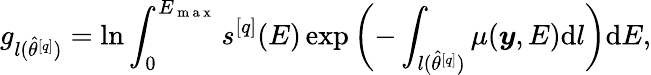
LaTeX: g_{l(\hat{\theta}^{[q]})}=\ln\int_{0}^{E_{\mathrm{~m~a~x~}}}s^{[q]}(E)\exp\left(-\int_{l(\hat{\theta}^{[q]})}\mu(\boldsymbol{y},E)\mathrm{d}l\right)\mathrm{d}E,